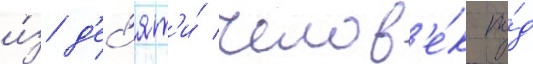
и́з д'ес'ят'и́ челов'е́к по́д